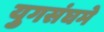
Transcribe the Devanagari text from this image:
युगसंघमे